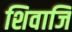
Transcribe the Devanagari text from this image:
शिवाजि